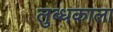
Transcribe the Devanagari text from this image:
लुब्धकाला